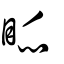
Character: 眽